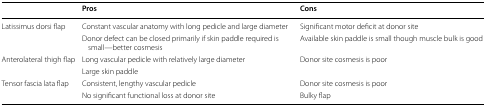
|  | Pros | Cons |
 | --- | --- | --- |
 | <ROWSPAN=2> Latissimus dorsi flap | Constant vascular anatomy with long pedicle and large diameter | Significant motor deficit at donor site |
 | Donor defect can be closed primarily if skin paddle required is small—better cosmesis | Available skin paddle is small though muscle bulk is good |
 | <ROWSPAN=2> Anterolateral thigh flap | Long vascular pedicle with relatively large diameter | Donor site cosmesis is poor |
 | Large skin paddle |  |
 | <ROWSPAN=2> Tensor fascia lata flap | Consistent, lengthy vascular pedicle | Donor site cosmesis is poor |
 | No significant functional loss at donor site | Bulky flap |